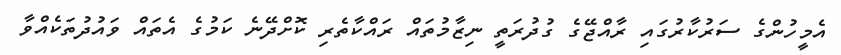
އެމީހުންގެ ސަރުކާރުގައި ރާއްޖޭގެ ގުދުރަތީ ނިޒާމުތައް ރައްކާތެރި ކޮށްދޭނެ ކަމުގެ އެތައް ވައުދުތަކެއްވާ